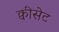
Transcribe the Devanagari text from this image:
क्वीसेट